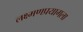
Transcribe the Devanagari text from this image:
लक्ष्मणप्रयागला